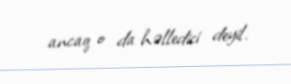
ancaq o da həlledici deyil.